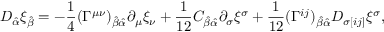
D _ { \hat { \alpha } } \xi _ { \hat { \beta } } = - { \frac { 1 } { 4 } } ( \Gamma ^ { \mu \nu } ) _ { \hat { \beta } \hat { \alpha } } \partial _ { \mu } \xi _ { \nu } + { \frac { 1 } { 1 2 } } C _ { \hat { \beta } \hat { \alpha } } \partial _ { \sigma } \xi ^ { \sigma } + { \frac { 1 } { 1 2 } } ( \Gamma ^ { i j } ) _ { \hat { \beta } \hat { \alpha } } D _ { \sigma [ i j ] } \xi ^ { \sigma } ,